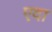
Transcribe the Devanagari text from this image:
एदा